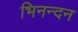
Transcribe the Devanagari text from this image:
भिनन्दन